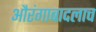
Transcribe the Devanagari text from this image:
औरंगाबादलाच